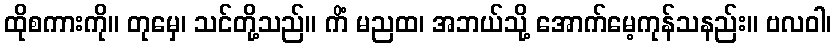
ထိုစကားကို။ တုမှေ၊ သင်တို့သည်။ ကိံ မညထ၊ အဘယ်သို့ အောက်မေ့ကုန်သနည်း။ ဗလဝါ၊